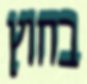
בחוץ